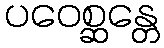
ပဝေစ္ဆန္တေ